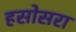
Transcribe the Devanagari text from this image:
हसोसरा